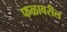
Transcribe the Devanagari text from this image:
फळावरील